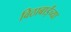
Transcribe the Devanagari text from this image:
विठाबाईंच्या